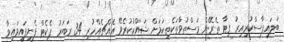
ބަލައިފާސްކުރިއިރު ގިޓާ ތެރޭން މަސްތުވާތަކެތިކަމަށް ޝައްކުކުރެވޭ އެއްޗެއްހުރި 34 ރަބަރު ޕެކެޓް ފެނިފައިވައިވާ